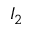
I _ { 2 }